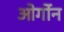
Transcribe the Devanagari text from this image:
ओर्गोन